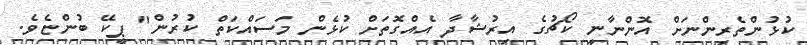
ކުޅުންތެރިންނަށް އޮންނާނީ ކޯޗުގެ އިރުޝާދާ އެއްގޮތަށް ކުޅެން މަސައްކަތް ކުރުން" ޕީކޭ ބުންޏެވެ.